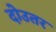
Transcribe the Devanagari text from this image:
दोउतर